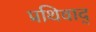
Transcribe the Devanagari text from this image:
प्रथिवाद्